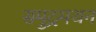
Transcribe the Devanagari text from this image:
समुद्रमथन